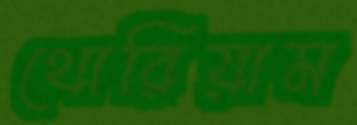
থোরিয়াম